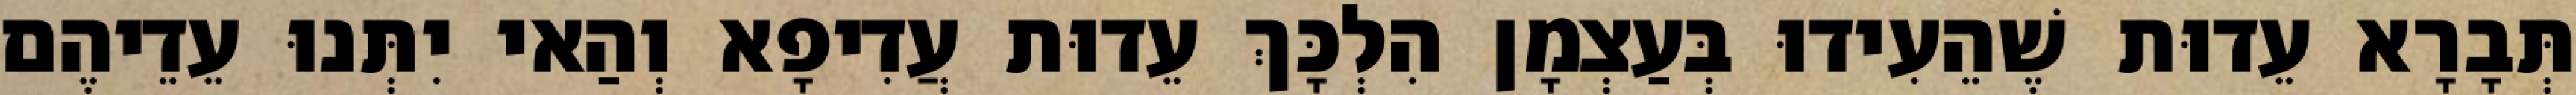
תְּבָרָא עֵדוּת שֶׁהֵעִידוּ בְּעַצְמָן הִלְכָּךְ עֵדוּת עֲדִיפָא וְהַאי יִתְּנוּ עֵדֵיהֶם